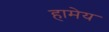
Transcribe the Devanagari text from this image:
हामेय